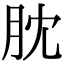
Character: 䏙